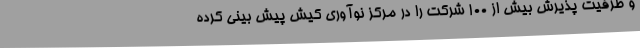
و ظرفیت پذیرش بیش از 100 شرکت را در مرکز نوآوری کیش پیش بینی کرده